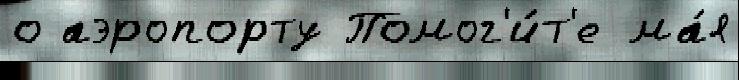
о аэропорту Помог'и́т'е ма́я